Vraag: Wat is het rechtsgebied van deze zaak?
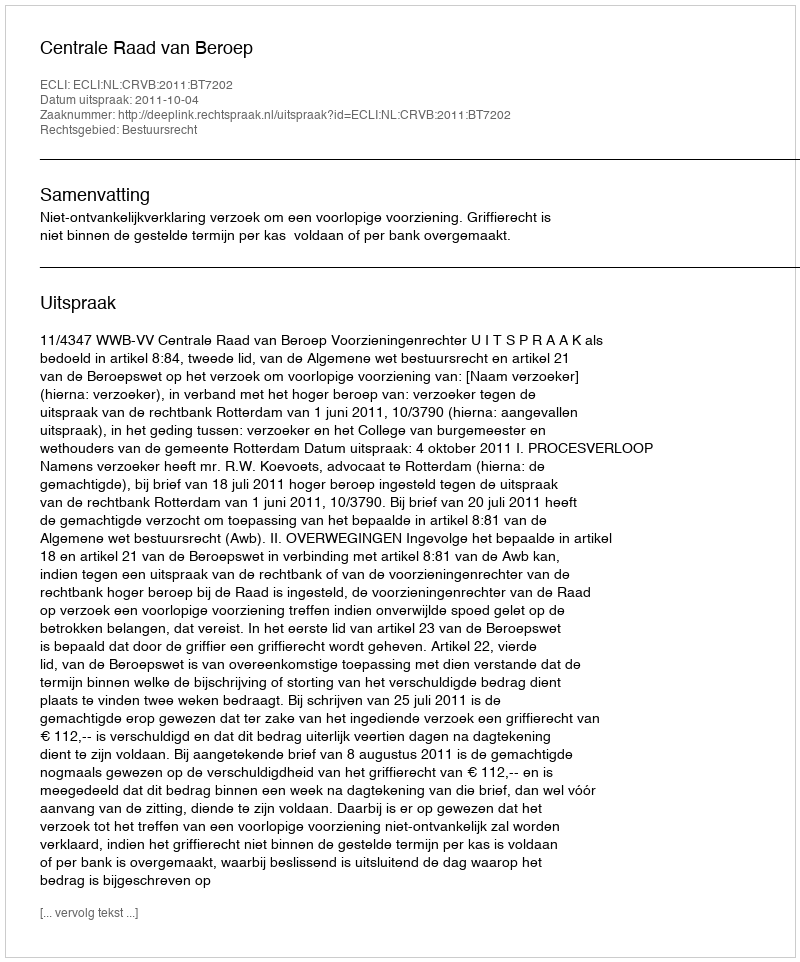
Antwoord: Bestuursrecht